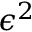
\epsilon ^ { 2 }